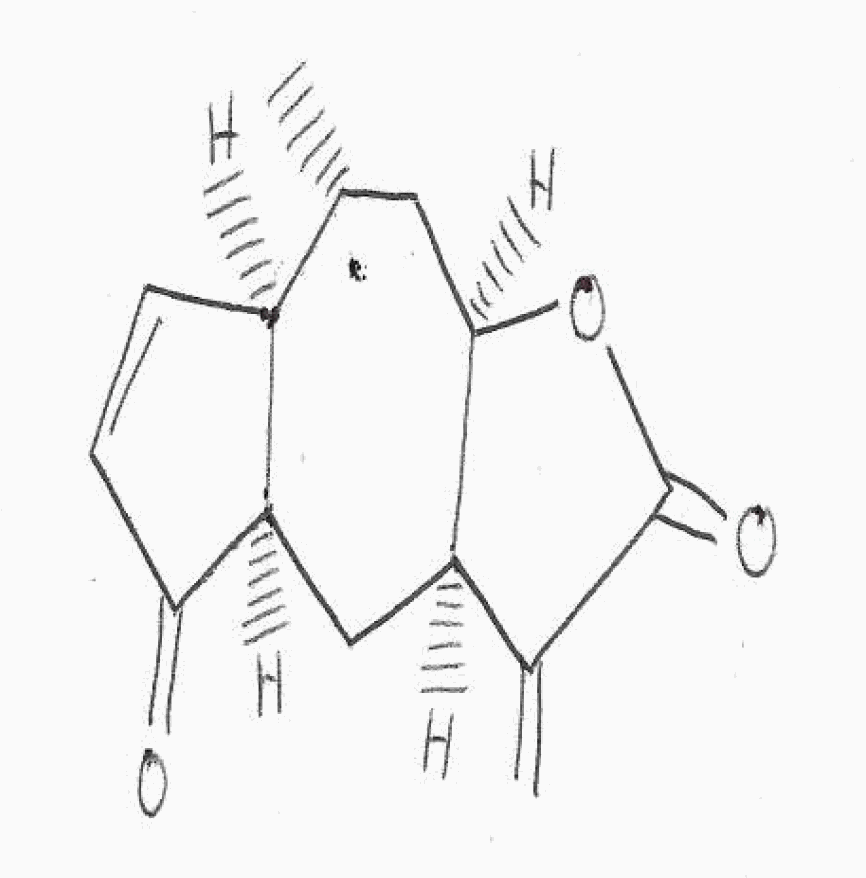
Simplified molecular-input line-entry system (SMILES) notation of the given molecule:
C[C@@H]1C[C@@H]2[C@H](C[C@@H]3[C@H]1C=CC3=O)C(=C)C(=O)O2